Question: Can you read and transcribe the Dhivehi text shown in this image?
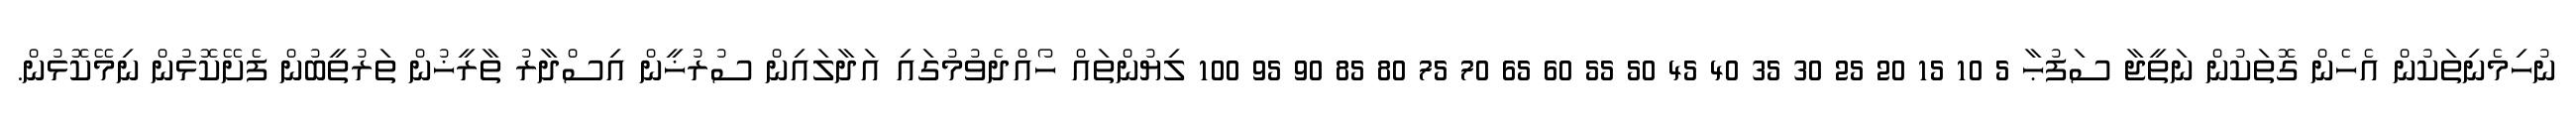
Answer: ނުހިމެނިތަކުން އެހެން ގޮތަކުން ނަތީޖާ ސަފުޙާ 5 10 15 20 25 30 35 40 45 50 55 60 65 70 75 80 85 90 95 100 ލިޔުންތައް ހޯއްދެވުމުގައި އަދާލައިން ސުރުޚީން އިސްދާރު ތާރީޚުން ތަރުތީބުން ފެށޭކޮޅުން ނިމޭކޮޅުން.